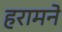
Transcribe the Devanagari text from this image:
हरामने